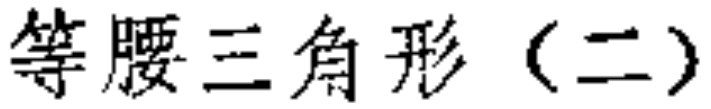
等腰三角形（二）